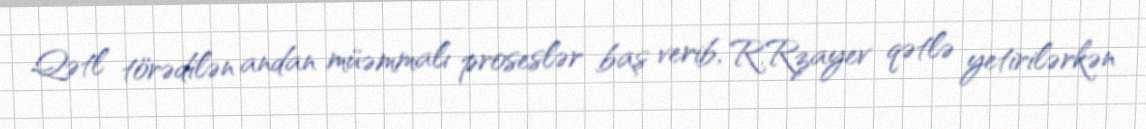
Qətl törədilən andan müəmmalı proseslər baş verib, R.Rzayev qətlə yetirilərkən